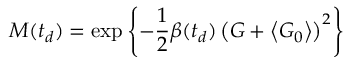
M ( t _ { d } ) = \exp \left\{ - \frac { 1 } { 2 } \beta ( t _ { d } ) \left( \boldsymbol { G } + \left\langle \boldsymbol { G } _ { 0 } \right\rangle \right) ^ { 2 } \right\}